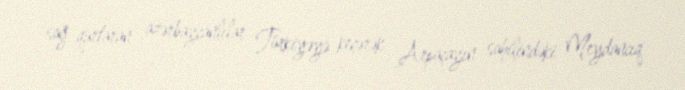
sağ qurtaran azərbaycanlılar Türkiyəyə keçərək Arpaçayın sahilindəki Meydancıq